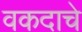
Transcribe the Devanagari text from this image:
वकदाचे